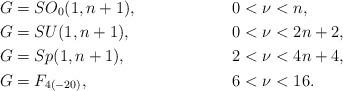
LaTeX: \begin{align*} G &= SO_0(1,n+1), && 0 <\nu < n,\\ G &= SU(1,n+1), && 0 <\nu < 2n+2,\\ G &= Sp(1,n+1), && 2 <\nu < 4n+4,\\ G &= F_{4(-20)}, && 6 <\nu < 16.\end{align*}